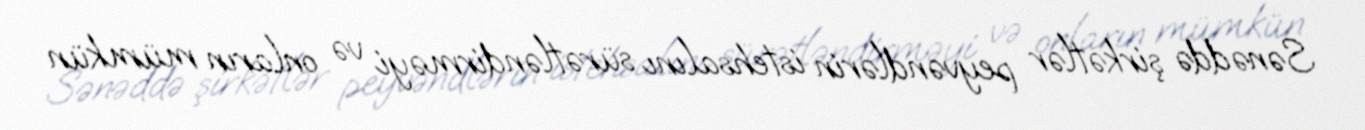
Sənəddə şirkətlər peyvəndlərin istehsalını sürətləndirməyi və onların mümkün